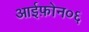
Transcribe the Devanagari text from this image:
आईफ़ोन०६